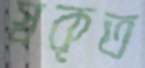
স্বকৃত